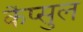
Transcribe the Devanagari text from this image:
कैप्सुल